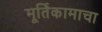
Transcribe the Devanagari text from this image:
मूर्तिकामाचा